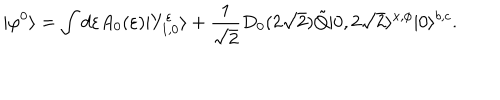
| \varphi ^ { 0 } \rangle = \int d \varepsilon A _ { 0 } ( \varepsilon ) | Y _ { 1 , 0 } ^ { \varepsilon } \rangle + \frac { 1 } { \sqrt { 2 } } D _ { 0 } ( 2 \sqrt { 2 } ) \tilde { Q } | 0 , 2 \sqrt { 2 } \rangle ^ { x , \phi } | 0 \rangle ^ { b , c } .